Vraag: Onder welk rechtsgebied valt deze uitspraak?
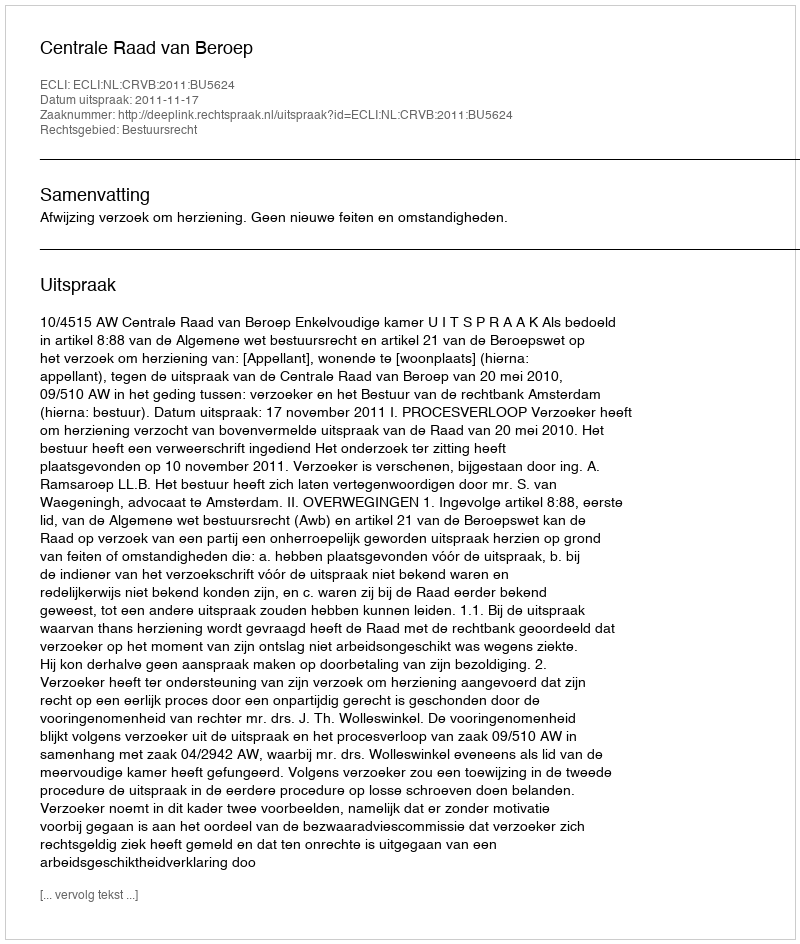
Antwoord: Bestuursrecht